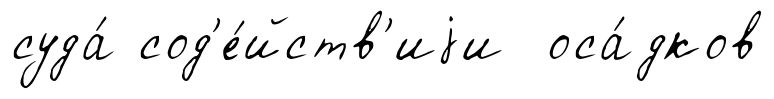
суда́ сод'е́йств'иjи оса́дков